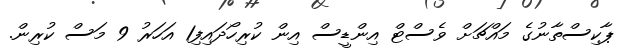
ޕާކިސްތާނުގެ މައްޗަށް ވެސްޓް އިންޑީސް އިން ކުރިހޯދައިފި1 އަހަރު 9 މަސް ކުރިން.